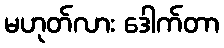
မဟုတ်လား ဒေါက်တာ